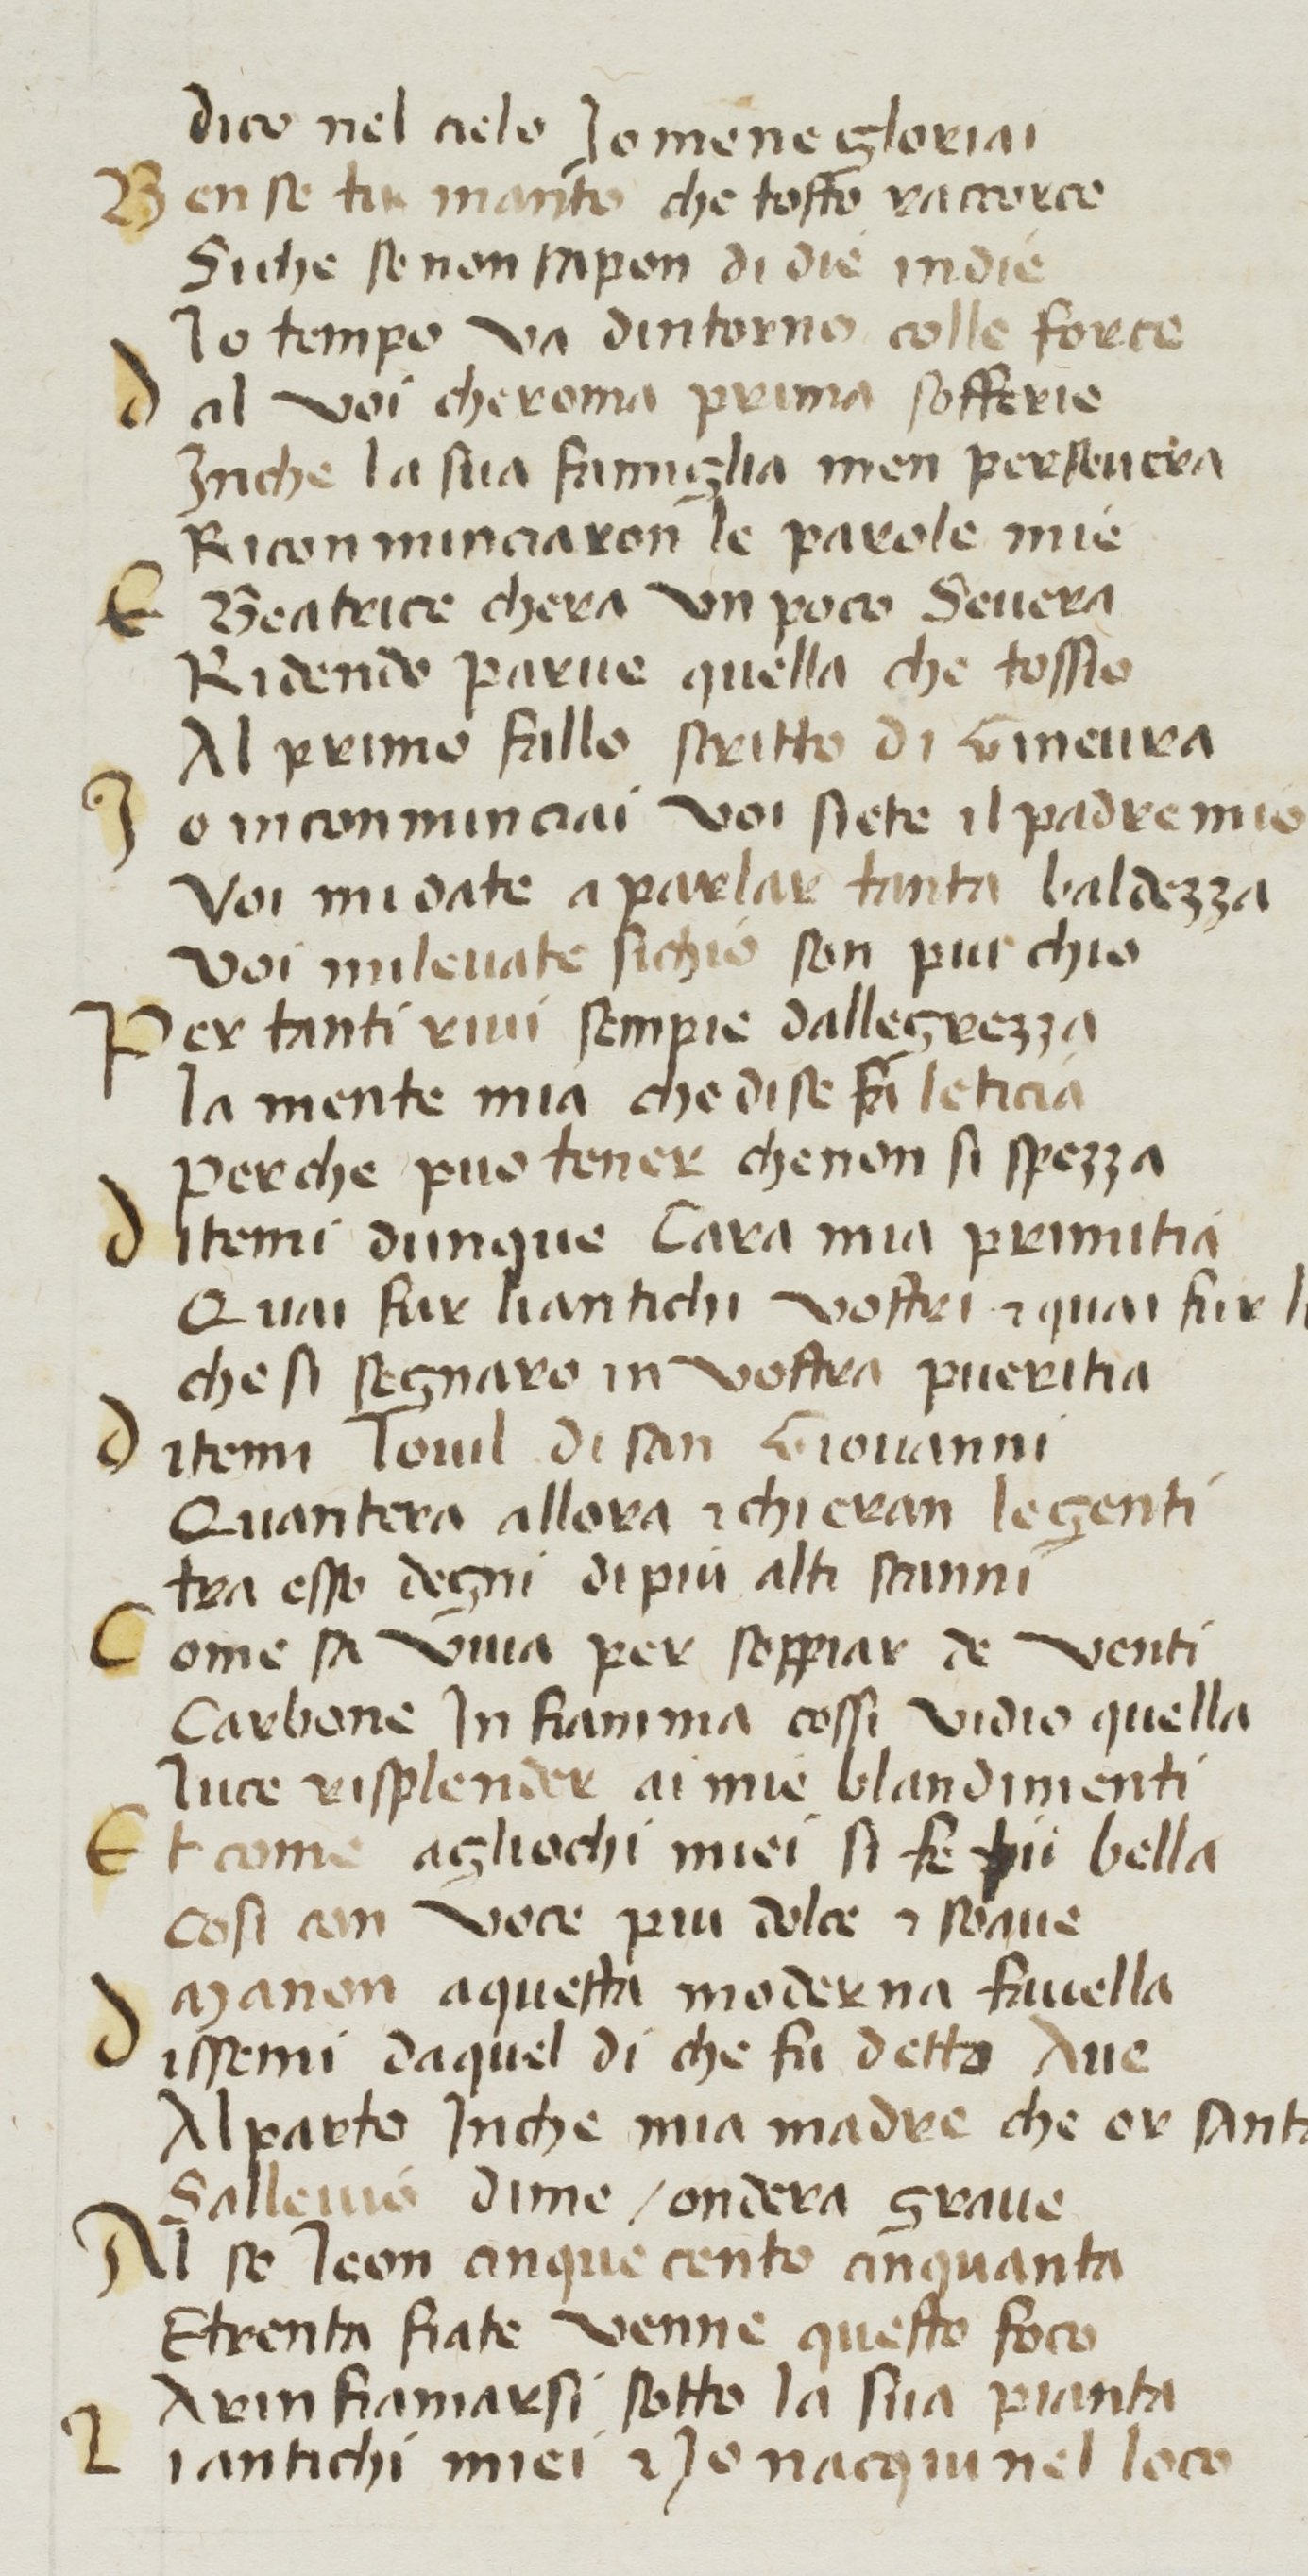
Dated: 1380–1399